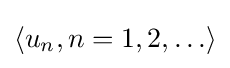
\langle u_{n},n=1,2,\ldots \rangle